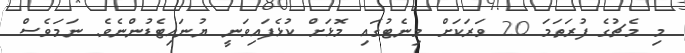
މި މެޗުގެ ފުރަތަމަ 20 ވަރަކަށް މިނެޓުގައި މޮޅަށް ކުޅެފައިވަނީ ޔުނައިޓެޑުންނެވެ. ނަމަވެސް